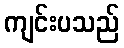
ကျင်းပသည်